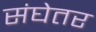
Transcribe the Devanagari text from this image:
संघेतर